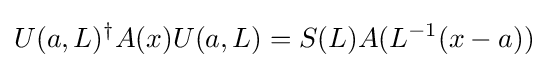
U(a,L)^{\dagger }A(x)U(a,L)=S(L)A(L^{-1}(x-a))